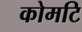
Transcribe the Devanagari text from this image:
कोमटि